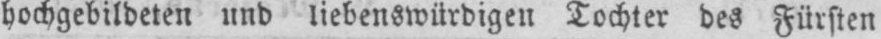
hochgebildeten und liebenswürdigen Tochter des Fürsten